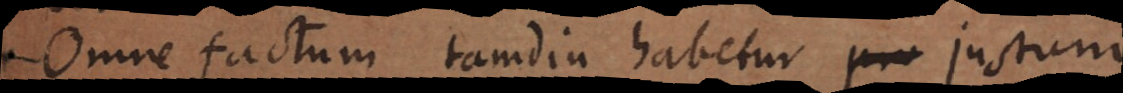
Omne factum tamdiu habetur justum,